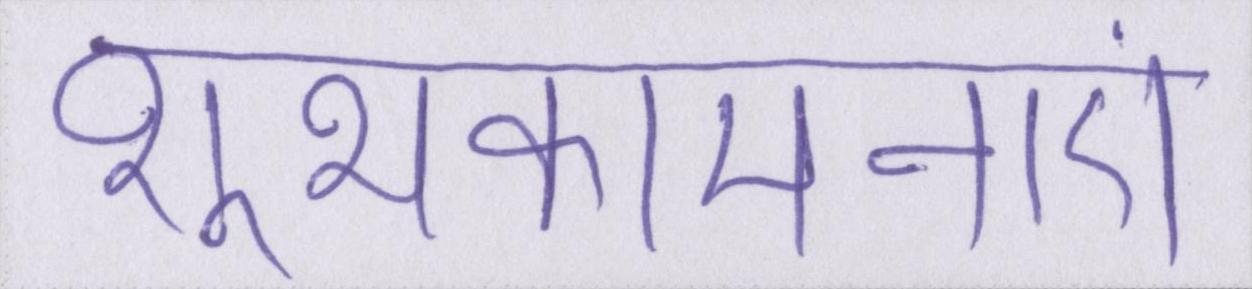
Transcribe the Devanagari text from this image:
शुभकांमनाएं